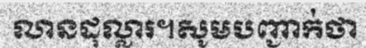
លានដុល្លារ។សូមបញ្ជាក់ថា